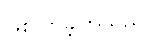
ဖြစ်လာခဲ့ကြသည်။